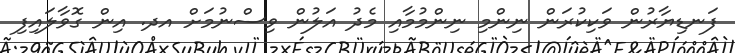
ފަނޑިޔާރުން ވަކިކުރަން ނިންމި ނިންމުމާއި މެދު އަލުން ވިސްނުމަށް އދ. އިން ގޮވާލައިފި